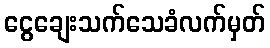
ငွေချေးသက်သေခံလက်မှတ်